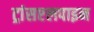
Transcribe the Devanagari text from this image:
ट्रांसएलपाइन